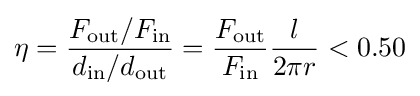
\eta ={\frac {F_{\text{out}}/F_{\text{in}}}{d_{\text{in}}/d_{\text{out}}}}={\frac {F_{\text{out}}}{F_{\text{in}}}}{\frac {l}{2\pi r}}<0.50